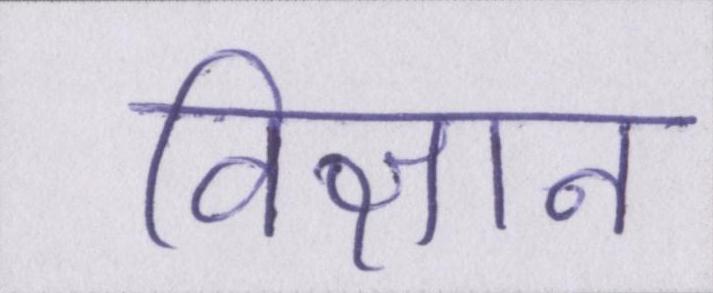
विज्ञान